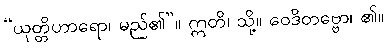
“ယုတ္တိဟာရော၊ မည်၏”။ ဣတိ၊ သို့။ ဝေဒိတဗ္ဗော၊ ၏။